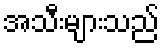
အသီးများသည်